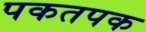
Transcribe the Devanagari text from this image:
पकतपक